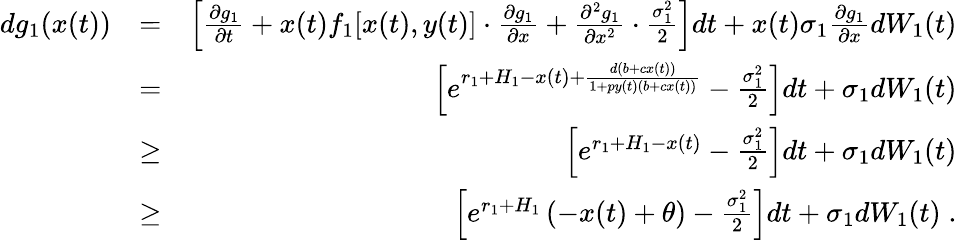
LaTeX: \begin{array}{rlr}{dg_{1}(x(t))}&{=}&{\left[\frac{\partial g_{1}}{\partial t}+x(t)f_{1}[x(t),y(t)]\cdot\frac{\partial g_{1}}{\partial x}+\frac{\partial^{2}g_{1}}{\partial x^{2}}\cdot\frac{\sigma_{1}^{2}}{2}\right]dt+x(t)\sigma_{1}\frac{\partial g_{1}}{\partial x}dW_{1}(t)}\\ &{=}&{\left[e^{r_{1}+H_{1}-x(t)+\frac{d(b+cx(t))}{1+py(t)(b+cx(t))}}-\frac{\sigma_{1}^{2}}{2}\right]dt+\sigma_{1}dW_{1}(t)}\\ &{\geq}&{\left[e^{r_{1}+H_{1}-x(t)}-\frac{\sigma_{1}^{2}}{2}\right]dt+\sigma_{1}dW_{1}(t)}\\ &{\geq}&{\left[e^{r_{1}+H_{1}}\left(-x(t)+\theta\right)-\frac{\sigma_{1}^{2}}{2}\right]dt+\sigma_{1}dW_{1}(t)\; .}\end{array}